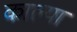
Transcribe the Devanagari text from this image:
काल्या